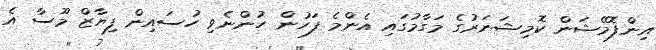
އިންފޮމޭޝަން ކޮމިޝަނަރުގެ މަގާމުގައި އެންމެ ފަހުން ހުންނެވި ހުސައިން ފިޔާޒް މޫސާ އެ